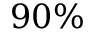
9 0 \%